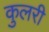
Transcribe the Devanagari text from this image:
कुलरी